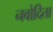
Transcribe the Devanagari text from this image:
नवोदिता